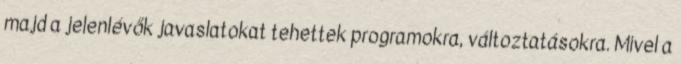
majd a jelenlévők javaslatokat tehettek programokra, változtatásokra. Mivel a